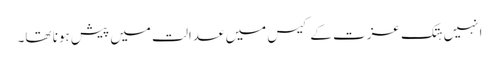
انہیں ہتک عزت کے کیس میں عدالت میں پیش ہونا تھا۔